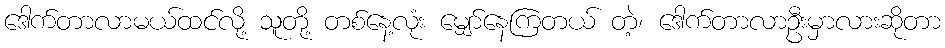
ဒေါက်တာလာမယ်ထင်လို့ သူတို့ တစ်နေ့လုံး မျှော်နေကြတယ် တဲ့၊ ဒေါက်တာလာဦးမှာလားဆိုတာ